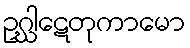
ဥဂ္ဃါဋေတုကာမော